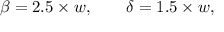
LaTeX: \beta = 2 . 5 \times w , \qquad \delta = 1 . 5 \times w ,